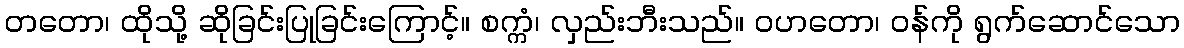
တတော၊ ထိုသို့ ဆိုခြင်းပြုခြင်းကြောင့်။ စက္ကံ၊ လှည်းဘီးသည်။ ဝဟတော၊ ဝန်ကို ရွက်ဆောင်သော